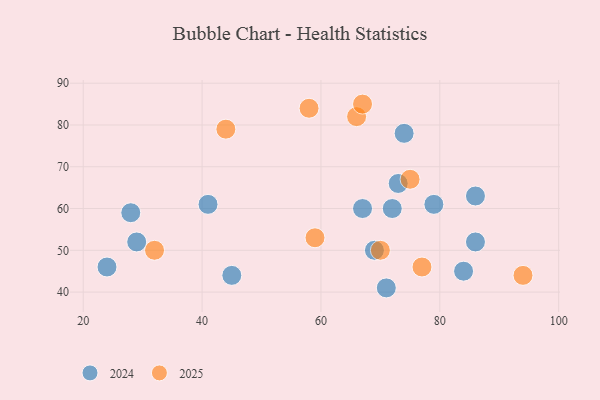
{"axis": {"x": "GDP", "y": "Life Expectancy"}, "legend": ["2024", "2025"], "data": [{"x": "72", "y": 60, "type": "2024"}, {"x": "41", "y": 61, "type": "2024"}, {"x": "84", "y": 45, "type": "2024"}, {"x": "45", "y": 44, "type": "2024"}, {"x": "86", "y": 63, "type": "2024"}, {"x": "79", "y": 61, "type": "2024"}, {"x": "73", "y": 66, "type": "2024"}, {"x": "69", "y": 50, "type": "2024"}, {"x": "71", "y": 41, "type": "2024"}, {"x": "29", "y": 52, "type": "2024"}, {"x": "86", "y": 52, "type": "2024"}, {"x": "28", "y": 59, "type": "2024"}, {"x": "67", "y": 60, "type": "2024"}, {"x": "74", "y": 78, "type": "2024"}, {"x": "24", "y": 46, "type": "2024"}, {"x": "59", "y": 53, "type": "2025"}, {"x": "77", "y": 46, "type": "2025"}, {"x": "32", "y": 50, "type": "2025"}, {"x": "75", "y": 67, "type": "2025"}, {"x": "44", "y": 79, "type": "2025"}, {"x": "70", "y": 50, "type": "2025"}, {"x": "58", "y": 84, "type": "2025"}, {"x": "66", "y": 82, "type": "2025"}, {"x": "94", "y": 44, "type": "2025"}, {"x": "67", "y": 85, "type": "2025"}]}